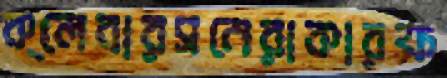
ক্লেবারসনেরাকারফ